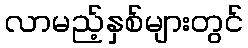
လာမည့်နှစ်များတွင်